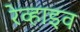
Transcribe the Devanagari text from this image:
रेव्हाइव